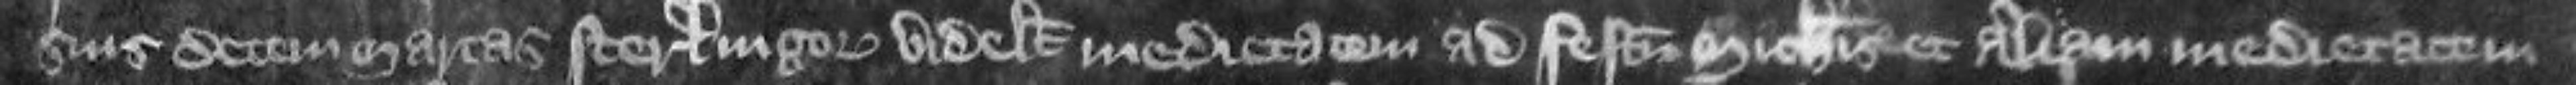
suis decem marcas sterlingorum videlicet medietatem ad festum Michaelis et aliquam medietatem